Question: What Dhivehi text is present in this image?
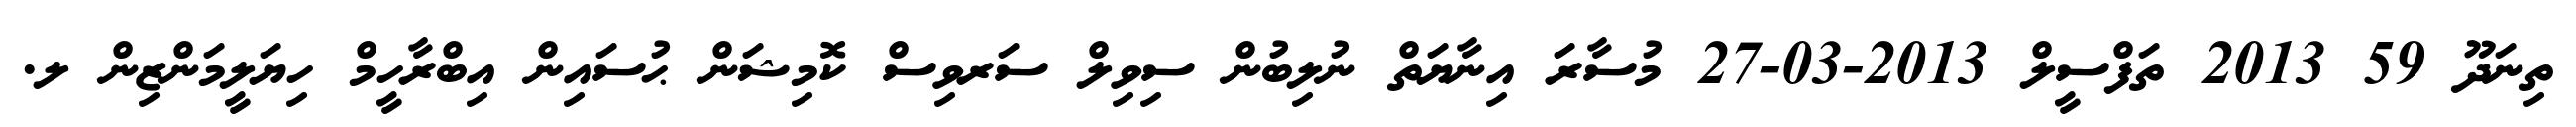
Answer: ތިނަދޫ 59 2013 ތަފްސީލް 2013-03-27 މުސާރަ އިނާޔަތް ނުލިބުން ސިވިލް ސަރވިސް ކޮމިޝަން ޙުސައިން އިބްރާހީމް ހިޔަލީމަންޒިން ލ.